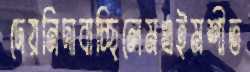
দেয়নিদাবাচ্ছিলেমএইমশীত